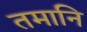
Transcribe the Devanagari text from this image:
तमानि